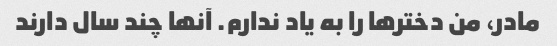
مادر، من دخترها را به یاد ندارم. آنها چند سال دارند